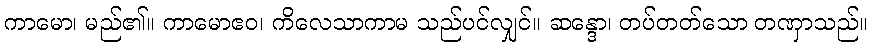
ကာမော၊ မည်၏။ ကာမောဧဝ၊ ကိလေသာကာမ သည်ပင်လျှင်။ ဆန္ဒော၊ တပ်တတ်သော တဏှာသည်။